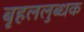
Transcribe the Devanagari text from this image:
बृहललुब्धक